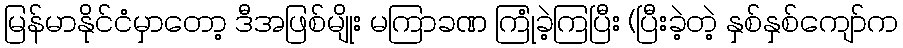
မြန်မာနိုင်ငံမှာတော့ ဒီအဖြစ်မျိုး မကြာခဏ ကြုံခဲ့ကြပြီး (ပြီးခဲ့တဲ့ နှစ်နှစ်ကျော်က